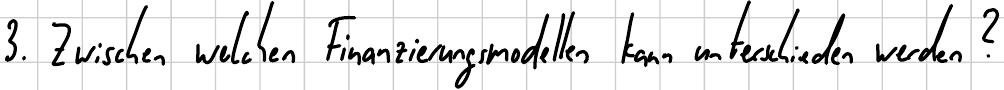
3. Zwischen welchen Finanzierungsmodellen kann unterschieden werden?